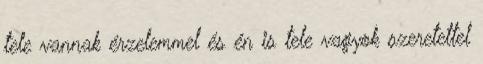
tele vannak érzelemmel és én is tele vagyok szeretettel